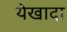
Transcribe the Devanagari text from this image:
येखादा